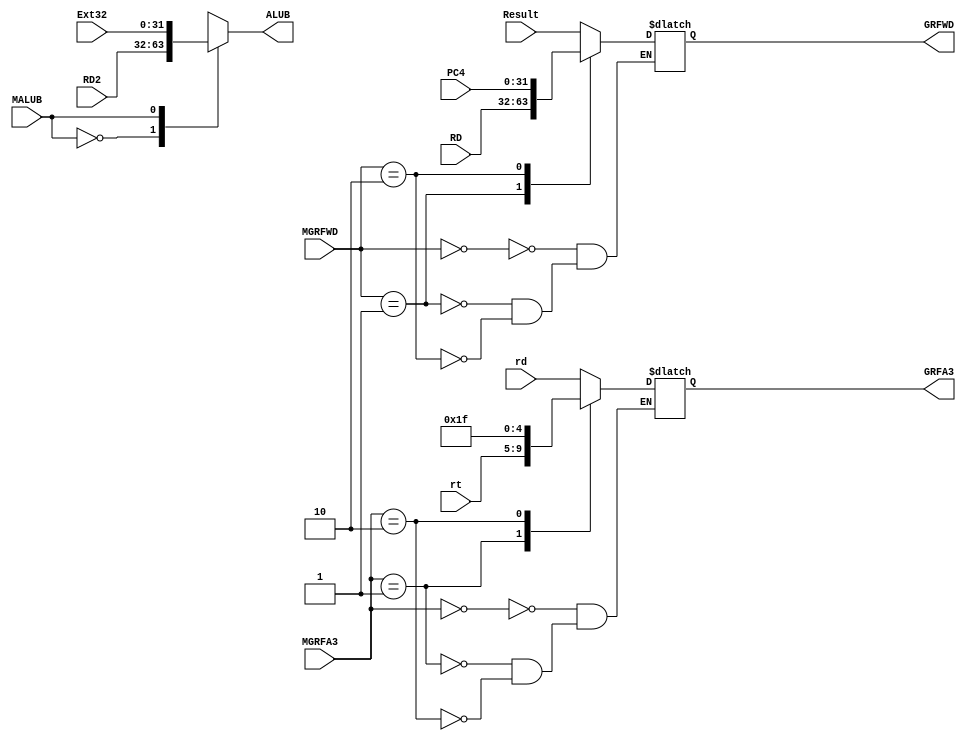
`timescale 1ns / 1ps
//////////////////////////////////////////////////////////////////////////////////
// Company: 
// Engineer: 
// 
// Design Name: 
// Module Name:    mux 
// Project Name: 
// Target Devices: 
// Tool versions: 
// Description: 
//
// Dependencies: 
//
// Revision: 
// Revision 0.01 - File Created
// Additional Comments: 
//
//////////////////////////////////////////////////////////////////////////////////
`define Ra 5'h1f

`define A3SelRd 2'b00
`define A3SelRt 2'b01
`define A3SelRa 2'b10

`define WDSelALU 2'b00
`define WDSelDM 2'b01
`define WDSelNPC 2'b10

`define BSelGRF 1'b0
`define BSelEXT 1'b1

module mux(
    input [4:0] rd,
	 input [4:0] rt,
	 input [31:0] Result,
	 input [31:0] RD,
	 input [31:0] PC4,
	 input [31:0] RD2,
	 input [31:0] Ext32,
	 
	 input [1:0] MGRFA3,
	 input [1:0] MGRFWD,
	 input MALUB,
	 output reg [4:0] GRFA3,
	 output reg [31:0] GRFWD,
	 output reg [31:0] ALUB
	 );
	 
	
	always @(*)
	begin
		case (MGRFA3)
			`A3SelRd : GRFA3 = rd;
			`A3SelRt : GRFA3 = rt;
			`A3SelRa : GRFA3 = `Ra;
		endcase
		
		case (MGRFWD)
			`WDSelALU : GRFWD = Result;
			`WDSelDM : GRFWD = RD;
			`WDSelNPC : GRFWD = PC4;
		endcase
		
		case (MALUB)
			`BSelGRF : ALUB = RD2;
			`BSelEXT : ALUB = Ext32;
		endcase
	end


endmodule